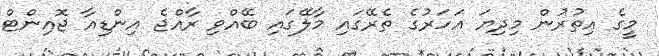
މީގެ އިތުރުން މިދިޔަ އަހަރުގެ ތެރޭގައި މާލޭގައި ބޭއްވި ރާއްޖެ އިންޑިއާ ޖޮއިންޓް